Vaccination North-Western Provinces and Oudh 1878-1895 - 1878-1895
Year: 1878
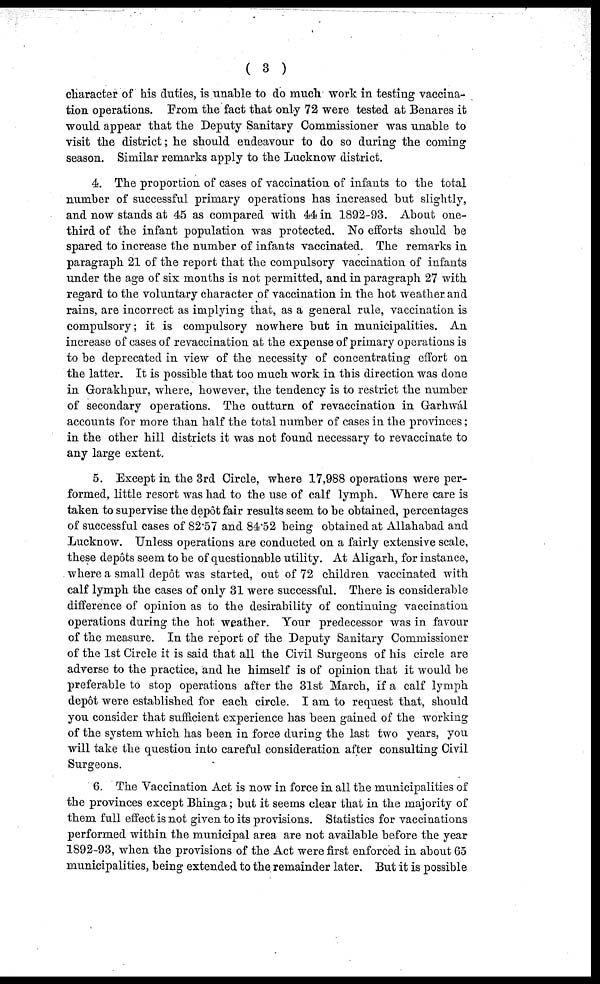
( 3 )
character of his duties, is unable to do much work in testing vaccina-
tion operations. From the fact that only 72 were tested at Benares it
would appear that the Deputy Sanitary Commissioner was unable to
visit the district; he should endeavour to do so during the coming
season. Similar remarks apply to the Lucknow district.
4. The proportion of cases of vaccination of infants to the total
number of successful primary operations has increased but slightly,
and now stands at 45 as compared with 44 in 1892-93. About one-
third of the infant population was protected. No efforts should be
spared to increase the number of infants vaccinated. The remarks in
paragraph 21 of the report that the compulsory vaccination of infants
under the age of six months is not permitted, and in paragraph 27 with
regard to the voluntary character of vaccination in the hot weather and
rains, are incorrect as implying that, as a general rule, vaccination is
compulsory; it is compulsory nowhere but in municipalities. An
increase of cases of revaccination at the expense of primary operations is
to be deprecated in view of the necessity of concentrating effort on
the latter. It is possible that too much work in this direction was done
in Gorakhpur, where, however, the tendency is to restrict the number
of secondary operations. The outturn of revaccination in Garhwál
accounts for more than half the total number of cases in the provinces;
in the other hill districts it was not found necessary to revaccinate to
any large extent.
5. Except in the 3rd Circle, where 17,988 operations were per-
formed, little resort was had to the use of calf lymph. Where care is
taken to supervise the depôt fair results seem to be obtained, percentages
of successful cases of 82.57 and 84.52 being obtained at Allahabad and
Lucknow. Unless operations are conducted on a fairly extensive scale,
these depôts seem to be of questionable utility. At Aligarh, for instance,
where a small depôt was started, out of 72 children vaccinated with
calf lymph the cases of only 31 were successful. There is considerable
difference of opinion as to the desirability of continuing vaccination
operations during the hot weather. Your predecessor was in favour
of the measure. In the report of the Deputy Sanitary Commissioner
of the 1st Circle it is said that all the Civil Surgeons of his circle are
adverse to the practice, and he himself is of opinion that it would be
preferable to stop operations after the 31st March, if a calf lymph
depôt were established for each circle. I am to request that, should
you consider that sufficient experience has been gained of the working
of the system which has been in force during the last two years, you
will take the question into careful consideration after consulting Civil
Surgeons.
6. The Vaccination Act is now in force in all the municipalities of
the provinces except Bhinga; but it seems clear that in the majority of
them full effect is not given to its provisions. Statistics for vaccinations
performed within the municipal area are not available before the year
1892-93, when the provisions of the Act were first enforced in about 65
municipalities, being extended to the remainder later. But it is possible